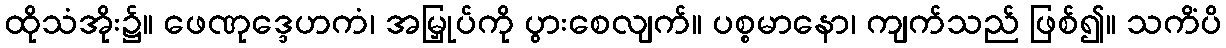
ထိုသံအိုး၌။ ဖေဏုဒ္ဒေဟကံ၊ အမြှုပ်ကို ပွားစေလျက်။ ပစ္စမာနော၊ ကျက်သည် ဖြစ်၍။ သကိံပိ